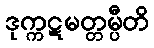
ဒုက္ကဋမတ္တမ္ပီတိ